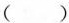
( )